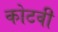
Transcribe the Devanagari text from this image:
कोटवी